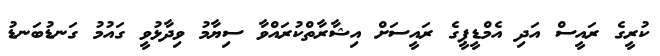
ކުރީގެ ރައީސް އަދި އެމްޑީޕީގެ ރައީސަށް އިޝާރާތްކުރައްވާ ސިޔާމު ވިދާޅުވީ ގައުމު ގަނޑުބަނޑު